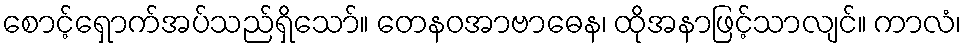
စောင့်ရှောက်အပ်သည်ရှိသော်။ တေနဝအာဗာဓေန၊ ထိုအနာဖြင့်သာလျင်။ ကာလံ၊